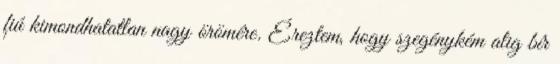
fiú kimondhatatlan nagy örömére. Éreztem, hogy szegénykém alig bír